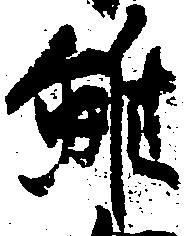
雖